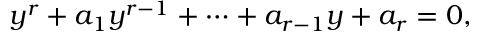
y ^ { r } + a _ { 1 } y ^ { r - 1 } + \cdots + a _ { r - 1 } y + a _ { r } = 0 ,